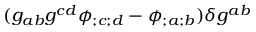
( g _ { a b } g ^ { c d } \phi _ { ; c ; d } - \phi _ { ; a ; b } ) \delta g ^ { a b }